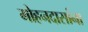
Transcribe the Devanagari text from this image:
मोहनदासांना